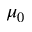
\mu _ { 0 }